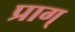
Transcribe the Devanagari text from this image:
प्राग्